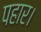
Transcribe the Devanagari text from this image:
पहार।